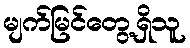
မျက်မြင်တွေ့ရှိသူ